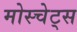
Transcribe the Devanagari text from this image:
मोस्चेट्स